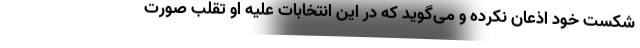
شکست خود اذعان نکرده و می‌گوید که در این انتخابات علیه او تقلب صورت